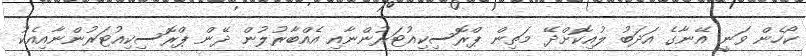
ކޯހެން ވަނީ އޭނާގެ އަދަބު ލުއިކޮށްދޭ މަތިން ޕްރޮސިކިއުޓަރުންނާއި އެއްބާރުލުން ދޭން ޕްރޮސިކިއުޓަރުންނާއިއެކު